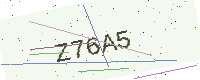
Text: Z76A5